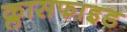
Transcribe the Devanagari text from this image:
क्लासफाइड